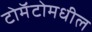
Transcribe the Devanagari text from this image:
टोमॅटोमधील